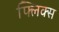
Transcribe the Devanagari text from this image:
फ्लिक्स